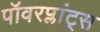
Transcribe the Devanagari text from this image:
पॉवरप्लांट्स